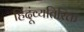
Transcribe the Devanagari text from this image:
हिंदूंव्यतिरिक्त